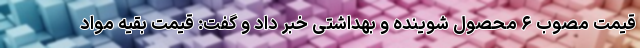
قیمت مصوب ۶ محصول شوینده و بهداشتی خبر داد و گفت: قیمت بقیه مواد